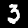
Digit: 3